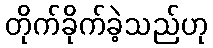
တိုက်ခိုက်ခဲ့သည်ဟု